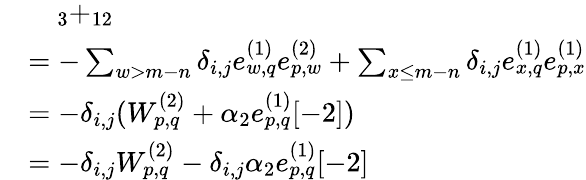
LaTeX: \begin{array}{rl}&{\quad_{3}+_{12}}\\ &{=-\sum_{w>m-n}\delta_{i,j}e_{w,q}^{(1)}e_{p,w}^{(2)}+\sum_{x\leq m-n}\delta_{i,j}e_{x,q}^{(1)}e_{p,x}^{(1)}}\\ &{=-\delta_{i,j}(W_{p,q}^{(2)}+\alpha_{2}e_{p,q}^{(1)}[-2])}\\ &{=-\delta_{i,j}W_{p,q}^{(2)}-\delta_{i,j}\alpha_{2}e_{p,q}^{(1)}[-2]}\end{array}